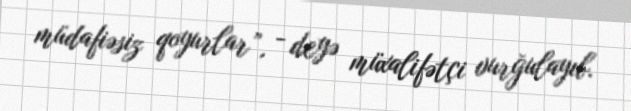
müdafiəsiz qoyurlar”, - deyə müxalifətçi vurğulayıb.